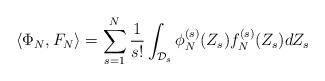
LaTeX: \begin{align*}\left< \Phi_N, F_N\right> = \sum_{s=1}^N \frac{1}{s!}\int_{\mathcal{D}_s}\phi_N^{(s)} (Z_s) f_N^{(s)} (Z_s) dZ_s\end{align*}